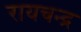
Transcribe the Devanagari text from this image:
रायचन्द्र